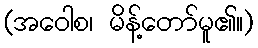
(အဝေါစ၊ မိန့်တော်မူ၏။)